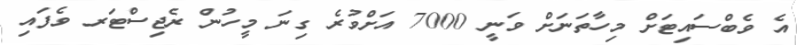
އެ ވެބްސައިޓަށް މިހާތަނަށް ވަނީ 7000 އަށްވުރެ ގިނަ މީހުން ރެޖިސްޓަރ ވެފައި